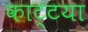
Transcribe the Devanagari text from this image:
काट्टया